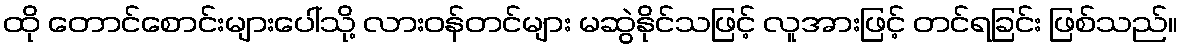
ထို တောင်စောင်းများပေါ်သို့ လားဝန်တင်များ မဆွဲနိုင်သဖြင့် လူအားဖြင့် တင်ရခြင်း ဖြစ်သည်။